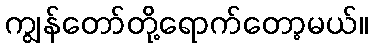
ကျွန်တော်တို့ရောက်တော့မယ်။